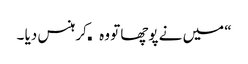
“ میں نے پوچھا تو وہ کھکھلا کر ہنس دیا ۔